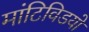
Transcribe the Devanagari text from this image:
मांटिविडयो